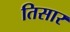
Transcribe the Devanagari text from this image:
तिसार